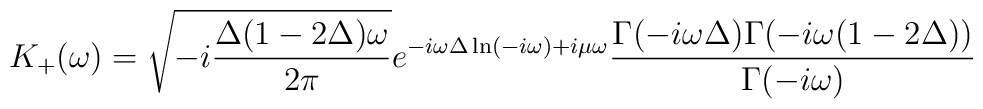
K_{+}(\omega )=\sqrt{-i\frac{\Delta (1-2\Delta )\omega }{2\pi }}e^{-i\omega\Delta \ln (-i\omega )+i\mu \omega }\frac{\Gamma (-i\omega \Delta )\Gamma(-i\omega (1-2\Delta ))}{\Gamma (-i\omega )}